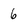
Character: 6